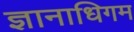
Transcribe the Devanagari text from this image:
ज्ञानाधिगम